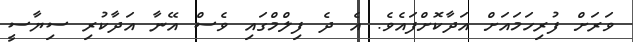
ވަރަށް ފުރިހަމައަށް އަދާކޮށްފައެވެ. އެ ދެ ފިލްމްގައި ވެސް އޭނާ އަދާކުރި ސިޔާސީ